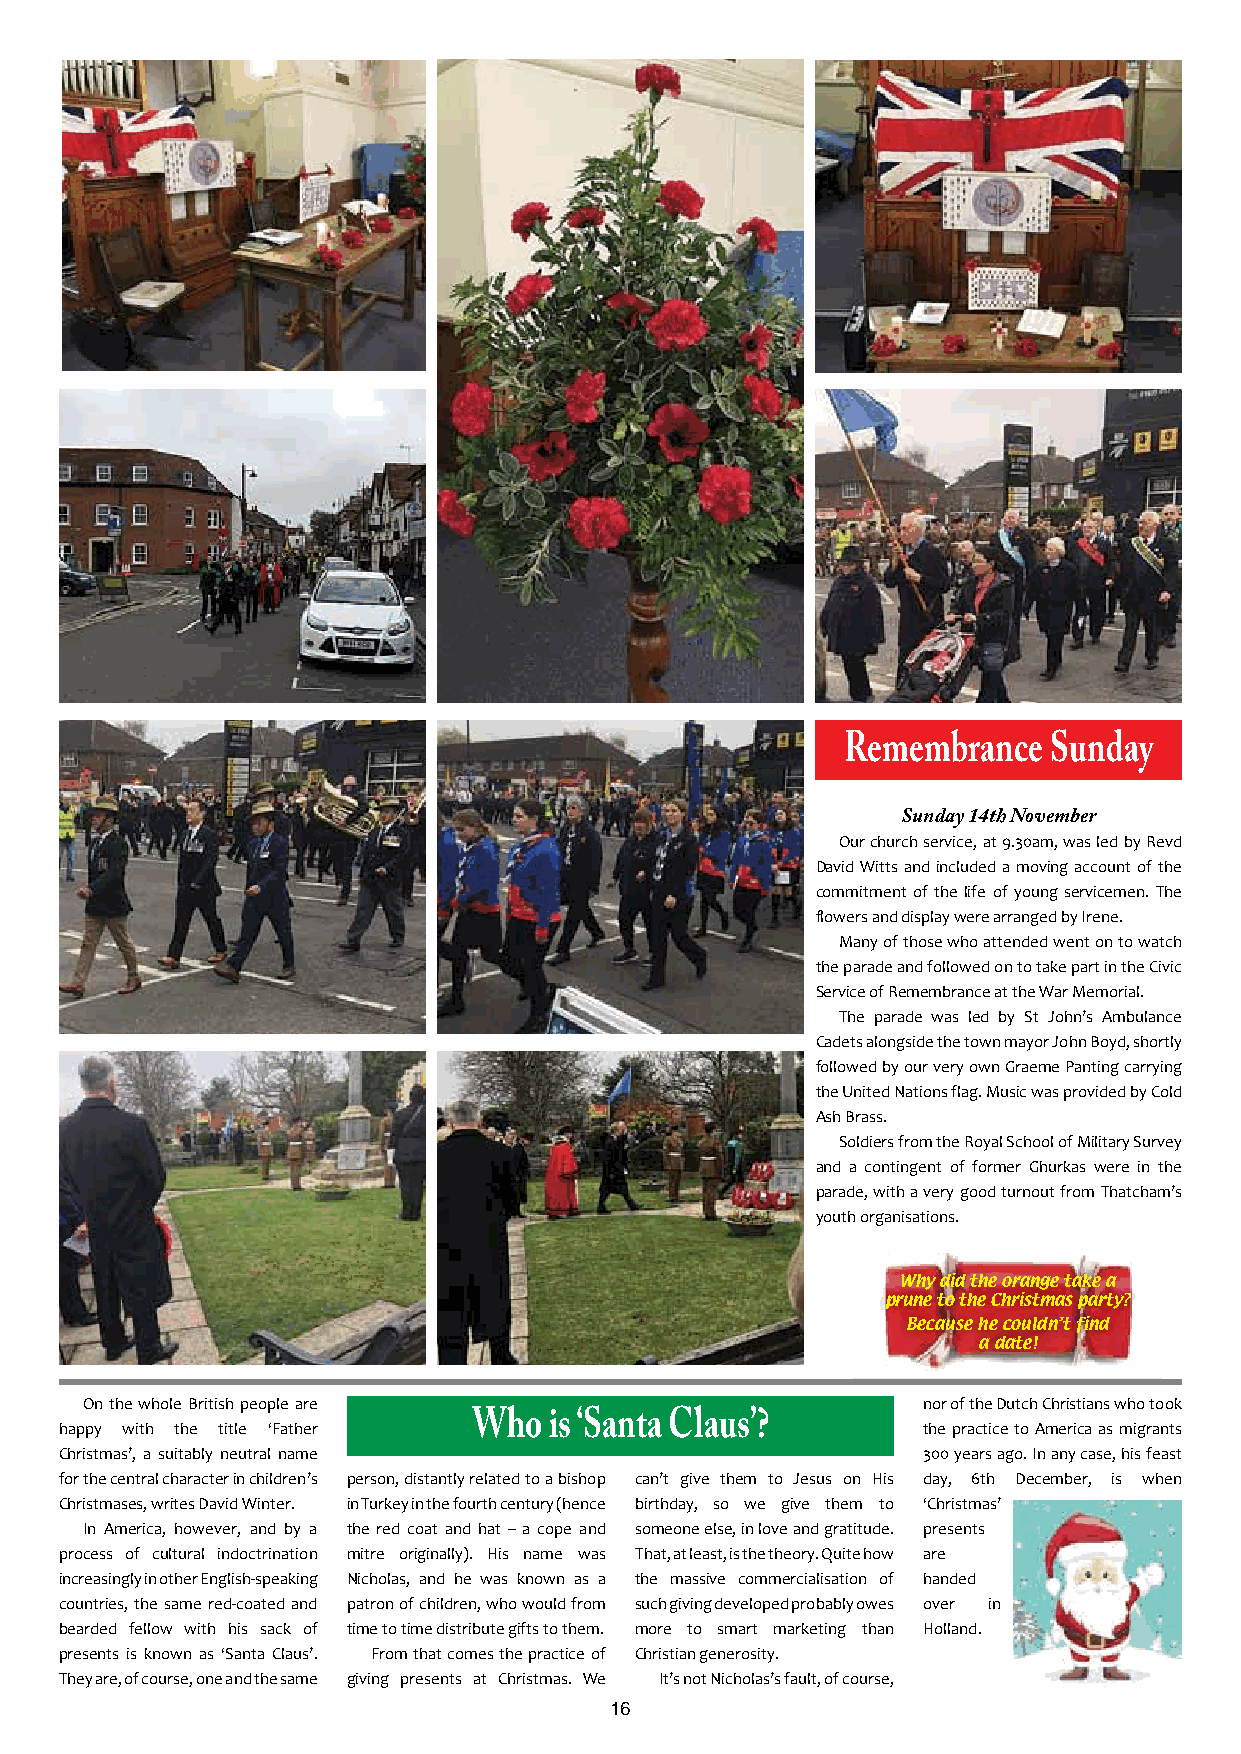
Remembrance  Sunday
 Sunday 14th November
 Our church service, at 9.30am, was led by Revd
 David Witts and included a moving account of the
 commitment of the life of young servicemen. The
 flowers and display were arranged by Irene.
 Many of those who attended went on to watch
 the parade and followed on to take part in the Civic
 Service of Remembrance at the War Memorial.
 The parade was led by St John’s Ambulance
 Cadets alongside the town mayor John Boyd, shortly
 followed by our very own Graeme Panting carrying
 the United Nations flag. Music was provided by Cold
 Ash Brass.
 Soldiers from the Royal School of Military Survey
 and a contingent of former Ghurkas were in the
 parade, with a very good turnout from Thatcham’s
 youth organisations.
 Why did the orange take a
 prune to the Christmas party?
 Because he couldn’t find
 a date!
 On the whole British people are                         nor of the Dutch Christians who took
 Who  is ‘Santa Claus’?
 happy with the title ‘Father                             the practice to America as migrants
 Christmas’, a suitably neutral name                      300 years ago. In any case, his feast
 for the central character in children’s person, distantly related to a bishop can’t give them to Jesus on His day, 6th December, is when
 Christmases, writes David Winter. in Turkey in the fourth century (hence birthday, so we give them to ‘Christmas’
 In America, however, and by a the red coat and hat – a cope and someone else, in love and gratitude. presents
 process of cultural indoctrination mitre originally). His name was That, at least, is the theory. Quite how are
 increasingly in other English‐speaking Nicholas, and he was known as a the massive commercialisation of handed
 countries, the same red‐coated and patron of children, who would from such giving developed probably owes over in
 bearded fellow with his sack of time to time distribute gifts to them. more to smart marketing than Holland.
 presents is known as ‘Santa Claus’. From that comes the practice of Christian generosity.
 They are, of course, one and the same giving presents at Christmas. We It’s not Nicholas’s fault, of course,
 16